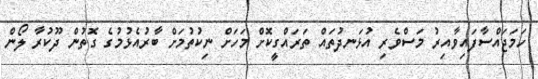
ހަމަޖައްސާފައިވާއިރު މަސްވެރި އުޅަނދުތައް ތަރައްގީކޮށް މަހަށް ނިކުތުމަށް ބާރުއެޅުމުގެ ގޮތުން ދޫކުރާ ލޯން